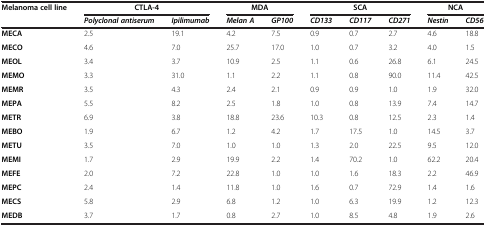
<table><thead><tr><td><b>Melanoma cell line</b></td><td colspan="2"><b>CTLA-4</b></td><td colspan="2"><b>MDA</b></td><td colspan="3"><b>SCA</b></td><td colspan="2"><b>NCA</b></td></tr><tr><td><b> </b></td><td><b><i>Polyclonal antiserum</i></b></td><td><b><i>Ipilimumab</i></b></td><td><b><i>Melan A</i></b></td><td><b><i>GP100</i></b></td><td><b><i>CD133</i></b></td><td><b><i>CD117</i></b></td><td><b><i>CD271</i></b></td><td><b><i>Nestin</i></b></td><td><b><i>CD56</i></b></td></tr></thead><tbody><tr><td><b>MECA</b></td><td>2.5</td><td>19.1</td><td>4.2</td><td>7.5</td><td>0.9</td><td>0.7</td><td>2.7</td><td>4.6</td><td>18.8</td></tr><tr><td><b>MECO</b></td><td>4.6</td><td>7.0</td><td>25.7</td><td>17.0</td><td>1.0</td><td>0.7</td><td>3.2</td><td>4.0</td><td>1.5</td></tr><tr><td><b>MEOL</b></td><td>3.4</td><td>3.7</td><td>10.9</td><td>2.5</td><td>1.1</td><td>0.6</td><td>26.8</td><td>6.1</td><td>24.5</td></tr><tr><td><b>MEMO</b></td><td>3.3</td><td>31.0</td><td>1.1</td><td>2.2</td><td>1.1</td><td>0.8</td><td>90.0</td><td>11.4</td><td>42.5</td></tr><tr><td><b>MEMR</b></td><td>3.5</td><td>4.3</td><td>2.4</td><td>2.1</td><td>0.9</td><td>0.9</td><td>1.0</td><td>1.9</td><td>32.0</td></tr><tr><td><b>MEPA</b></td><td>5.5</td><td>8.2</td><td>2.5</td><td>1.8</td><td>1.0</td><td>0.8</td><td>13.9</td><td>7.4</td><td>14.7</td></tr><tr><td><b>METR</b></td><td>6.9</td><td>3.8</td><td>18.8</td><td>23.6</td><td>10.3</td><td>0.8</td><td>12.5</td><td>2.3</td><td>1.4</td></tr><tr><td><b>MEBO</b></td><td>1.9</td><td>6.7</td><td>1.2</td><td>4.2</td><td>1.7</td><td>17.5</td><td>1.0</td><td>14.5</td><td>3.7</td></tr><tr><td><b>METU</b></td><td>3.5</td><td>7.0</td><td>1.0</td><td>1.0</td><td>1.3</td><td>2.0</td><td>22.5</td><td>9.5</td><td>12.0</td></tr><tr><td><b>MEMI</b></td><td>1.7</td><td>2.9</td><td>19.9</td><td>2.2</td><td>1.4</td><td>70.2</td><td>1.0</td><td>62.2</td><td>20.4</td></tr><tr><td><b>MEFE</b></td><td>2.0</td><td>7.2</td><td>22.8</td><td>1.0</td><td>1.0</td><td>1.6</td><td>18.3</td><td>2.2</td><td>46.9</td></tr><tr><td><b>MEPC</b></td><td>2.4</td><td>1.4</td><td>11.8</td><td>1.0</td><td>1.6</td><td>0.7</td><td>72.9</td><td>1.4</td><td>1.6</td></tr><tr><td><b>MECS</b></td><td>5.8</td><td>2.9</td><td>6.8</td><td>1.2</td><td>1.0</td><td>6.3</td><td>19.9</td><td>1.2</td><td>12.3</td></tr><tr><td><b>MEDB</b></td><td>3.7</td><td>1.7</td><td>0.8</td><td>2.7</td><td>1.0</td><td>8.5</td><td>4.8</td><td>1.9</td><td>2.6</td></tr></tbody></table>